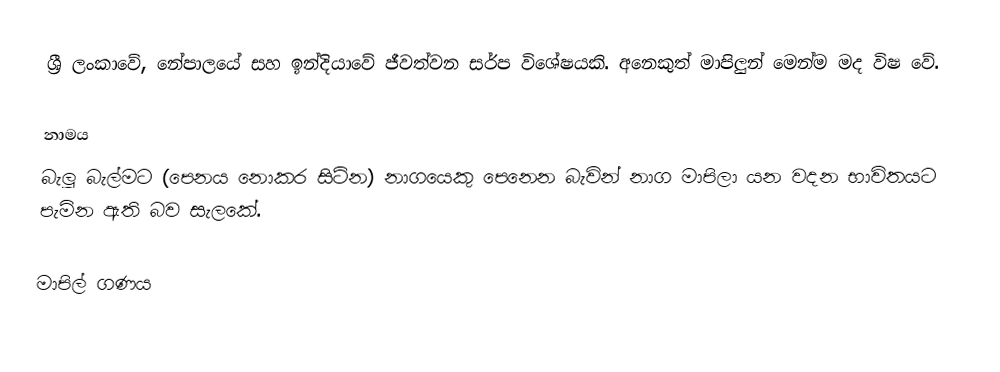
ශ්‍රී ලංකාවේ, නේපාලයේ සහ ඉන්දියාවේ ජීවත්වන සර්ප විශේෂයකි. අනෙකුත් මාපිලුන් මෙන්ම මද විෂ වේ.

නාමය
බැලූ බැල්මට (පෙනය නොකර සිටින) නාගයෙකු පෙනෙන බැවින්  නාග මාපිලා යන වදන භාවිතයට පැමින ඇති බව සැලකේ.

මාපිල් ගණය